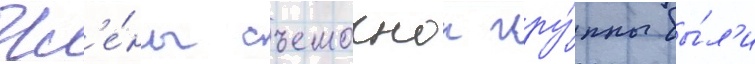
чл'е́ны съемочнои гру́ппы бы́л'и